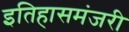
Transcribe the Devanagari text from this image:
इतिहासमंजरी